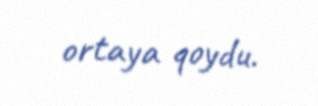
ortaya qoydu.